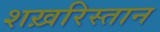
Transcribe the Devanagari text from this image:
शख़रिस्तान